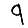
Digit: 9